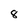
Character: 8